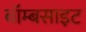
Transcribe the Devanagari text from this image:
बॉम्बसाइट